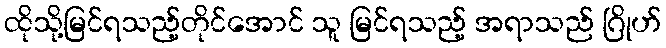
ထိုသို့မြင်ရသည့်တိုင်အောင် သူ မြင်ရသည့် အရာသည် ဂြိုဟ်